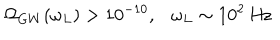
\Omega _ { G W } ( \omega _ { L } ) > 1 0 ^ { - 1 0 } , \omega _ { L } \sim 1 0 ^ { 2 } ~ \mathrm { H z }